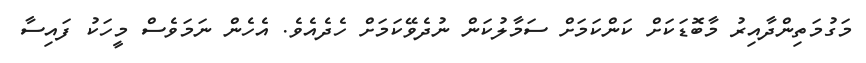
މަގުމަތިންދާއިރު މާބޮޑަކަށް ކަންކަމަށް ސަމާލުކަން ނުދެވޭކަމަށް ހެދެއެވެ. އެހެން ނަމަވެސް މީހަކު ފައިސާ